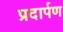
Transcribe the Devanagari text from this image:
प्रदार्पण